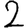
Digit: 2